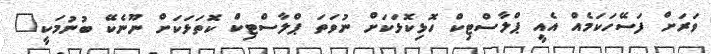
ވަރަށް ފަސޭހަކަމެއް އެއީ ޕްލާސްޓިކް ހޮޅިކޮޅަކަށް ނުވަތަ ޕްލާސްޓިކް ކޮތަޅަކަށް ނޫނެކޭ ބުނުމަކީ"